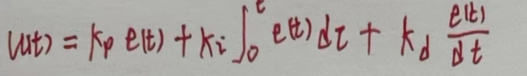
$u(t)=k_p e(t)+k_i \int_{0}^{t} e(\tau) d \tau + k_d \frac{e(t)}{d t}$